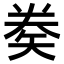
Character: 𥏇